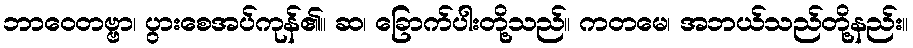
ဘာဝေတဗ္ဗာ၊ ပွားစေအပ်ကုန်၏။ ဆ၊ ခြောက်ပါးတို့သည်။ ကတမေ၊ အဘယ်သည်တို့နည်း။